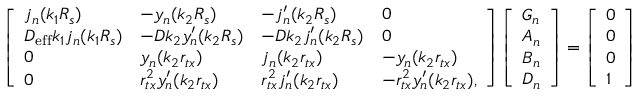
\left[ \begin{array} { l l l l } { j _ { n } ( k _ { 1 } R _ { s } ) } & { - y _ { n } ( k _ { 2 } R _ { s } ) } & { - j _ { n } ^ { \prime } ( k _ { 2 } R _ { s } ) } & { 0 } \\ { D _ { \mathrm { e f f } } k _ { 1 } j _ { n } ( k _ { 1 } R _ { s } ) } & { - D k _ { 2 } y _ { n } ^ { \prime } ( k _ { 2 } R _ { s } ) } & { - D k _ { 2 } j _ { n } ^ { \prime } ( k _ { 2 } R _ { s } ) } & { 0 } \\ { 0 } & { y _ { n } ( k _ { 2 } r _ { t x } ) } & { j _ { n } ( k _ { 2 } r _ { t x } ) } & { - y _ { n } ( k _ { 2 } r _ { t x } ) } \\ { 0 } & { r _ { t x } ^ { 2 } y _ { n } ^ { \prime } ( k _ { 2 } r _ { t x } ) } & { r _ { t x } ^ { 2 } j _ { n } ^ { \prime } ( k _ { 2 } r _ { t x } ) } & { - r _ { t x } ^ { 2 } y _ { n } ^ { \prime } ( k _ { 2 } r _ { t x } ) , } \end{array} \right] \left[ \begin{array} { l } { G _ { n } } \\ { A _ { n } } \\ { B _ { n } } \\ { D _ { n } } \end{array} \right] = \left[ \begin{array} { l } { 0 } \\ { 0 } \\ { 0 } \\ { 1 } \end{array} \right]